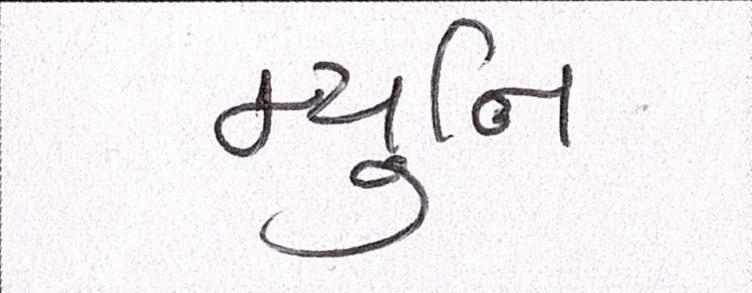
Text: મ્યુનિ